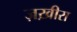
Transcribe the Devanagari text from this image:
ज़ख़ीरा